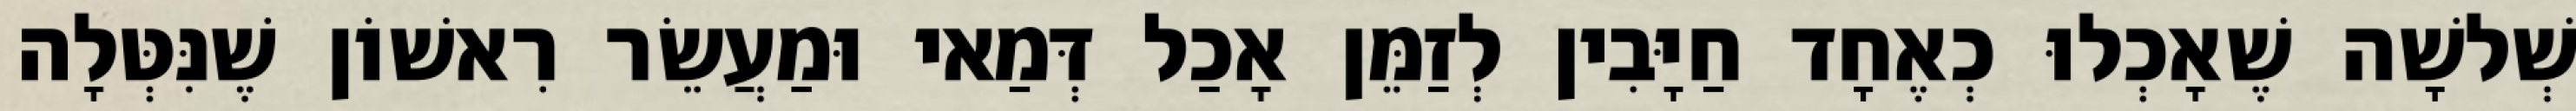
שְׁלשָׁה שֶׁאָכְלוּ כְאֶחָד חַיָּבִין לְזַמֵּן אָכַל דְּמַאי וּמַעֲשֵׂר רִאשׁוֹן שֶׁנִּטְּלָה